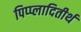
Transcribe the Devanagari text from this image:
पिप्प्लादितीर्थ